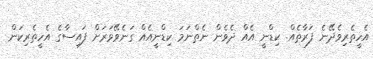
އެހީތެރިވެދޭނެ ފަރާތެއް. ކިޑްނީ އެއް ދެވެން ނެތްނަމަ ކިޑްނީއެއް ގަނެވޭވަރަށް ފައިސާގެ އެހީތެރިކަން